Report of the Municipal Commissioner on the plague in Bombay for the year ending 31st May... - Volume 2
Disease focus: Plague
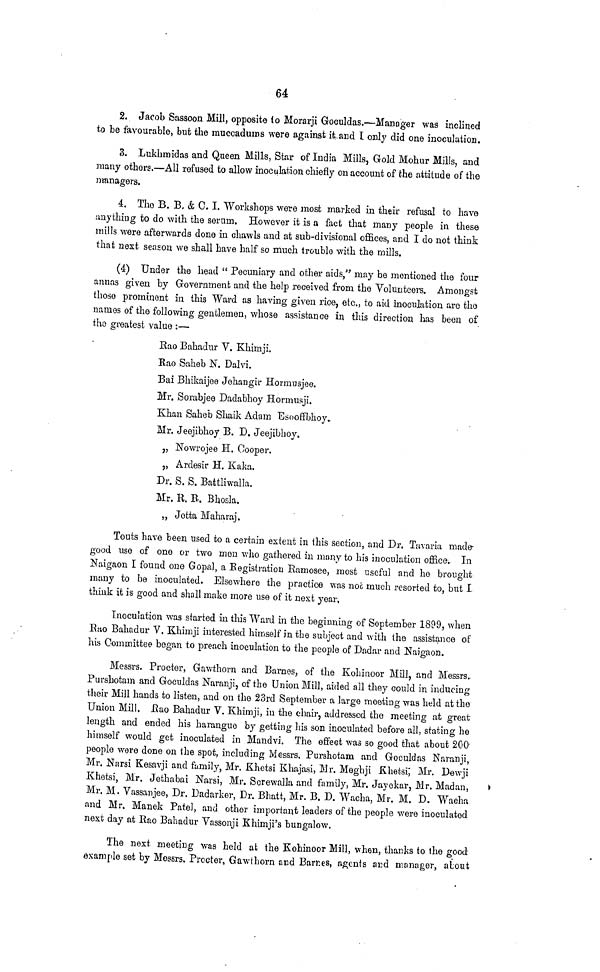
64
2. Jacob Sassoon Mill, opposite to Morarji Goculdas.—Manager was inclined
to be favourable, but the muccadums were against it and I only did one inoculation.
3. Lukhmidas and Queen Mills, Star of India Mills, Gold Mohur Mills, and
many others.—All refused to allow inoculation chiefly on account of the attitude of the
managers.
4. The B. B. & C. I. "Workshops were most marked in their refusal to have
anything to do with the serum. However it is a fact that many people in these
mills were afterwards done in chawls and at sub-divisional offices, and I do not think
that next season we shall have half so much trouble with the mills.
(4) Under the head " Pecuniary and other aids," may be mentioned the four
anuas given by Government and the help received from the Volunteers. Amongst
those prominent in this Ward as having given rice, etc., to aid inoculation are the
names of the following gentlemen, whose assistance in this direction has been of
the greatest value :—
Rao Bahadur V. Khimji.
Rao Saheb N. Dalvi.
Bai Bhikaijee Jehangir Hormusjee.
Mr. Sorabjee Daclabhoy Hormusji.
Khan Saheb Shaik Adam TSsoofTbhoy.
Mr. Jeejibhoy B. D. Jeejibhoy.
„ Nowrojee H. Cooper.
,, Ardesir H. Kaka.
Dr. S. S. Battliwalla.
Mr. R. B. Bhosla.
„ Jetta Maharaj.
Touts have been used to a certain extent in ibis section, and Dr. Tavaria made
good use of one or two men who gathered in many to his inoculation office. In
Naigaon I found one Gopal, a Registration Ramosee, most useful and he brought
many to be inoculated. Elsewhere the practice was not much resorted to, but I
think it is good and shall make more use of it next year,
Inoculation was started in this Ward in the beginning of September 1899, when
Rao Bahadur V. Khimji interested himself in the subject and with the assistance of
his Committee began to preach inoculation to the people of Dadar and Naigaon.
Messrs. Procter, Gawthorn and Barnes, of the Kohinoor Mill, and Messrs.
Purshotam and Goculdas Naranji, of the Union Mill, aided all they could in inducing
their Mill hands to listen, and on the 23rd September a large meeting was held at tho
Union Mill. Bao Bahadur V. Khimji, in the chair, addressed the meeting at great
length and ended his harangue by getting his son inoculated before all, stating he
himself would get inoculated in Mandvi. The effect was so good that about 200
people were done on the spot, including Messrs. Purshotam and Goculdas Naranji,
Mr. Narsi Kesavji and family, Mr. Khetsi Khajasi, Mr. Meghji Khetsi, Mr. Dewji
Khetsi, Mr. Jethabai Narsi, Mr. Screwalla and family, Mr. Jayekar, Mr. Madan,
Mr. M. Vassanjee, Dr. Dadarker, Dr. Bhatt, Mr. B. D. Wacha, Mr. M. D. Wacha
and Mr. Manek Pate!, and other important leaders of the people were inoculated
next day at Rao Bahadur Vassonji Khimji's bungalow.
The next meeting was held at the Kohinoor Mill, when, thanks to the good
example set by Messrs. Procter, Gawthorn and Barnes, agents and manager, about